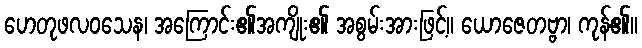
ဟေတုဖလဝသေန၊ အကြောင်း၏အကျိုး၏ အစွမ်းအားဖြင့်။ ယောဇေတဗ္ဗာ၊ ကုန်၏။